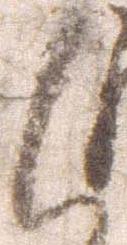
人